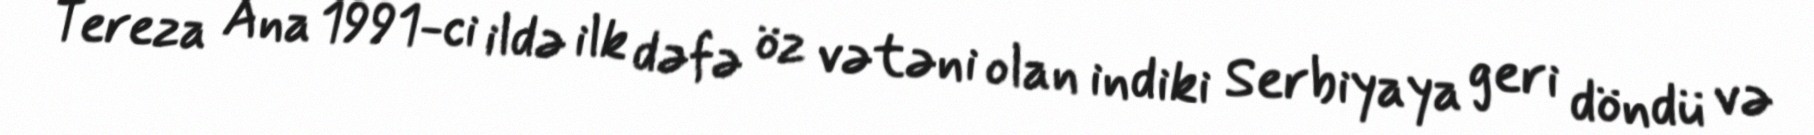
Tereza Ana 1991-ci ildə ilk dəfə öz vətəni olan indiki Serbiyaya geri döndü və